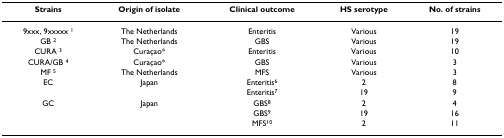
| Strains | Origin of isolate | Clinical outcome | HS serotype | No. of strains |
 | --- | --- | --- | --- | --- |
 | 9xxx, 9xxxxx 1 | The Netherlands | Enteritis | Various | 19 |
 | GB 2 | The Netherlands | GBS | Various | 19 |
 | CURA 3 | Curaçao* | Enteritis | Various | 10 |
 | CURA/GB 4 | Curaçao* | GBS | Various | 3 |
 | MF 5 | The Netherlands | MFS | Various | 3 |
 | EC | Japan | Enteritis6 | 2 | 8 |
 |  |  | Enteritis7 | 19 | 9 |
 | GC | Japan | GBS8 | 2 | 4 |
 |  |  | GBS9 | 19 | 16 |
 |  |  | MFS10 | 2 | 11 |